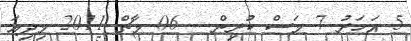
5 އަހަރު 7 މަސް ކުރިން - 06 މާޗް 2011 މިދިއަ